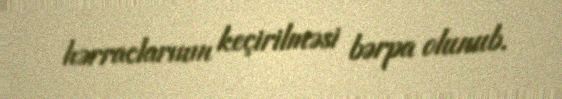
hərraclarının keçirilməsi bərpa olunub.